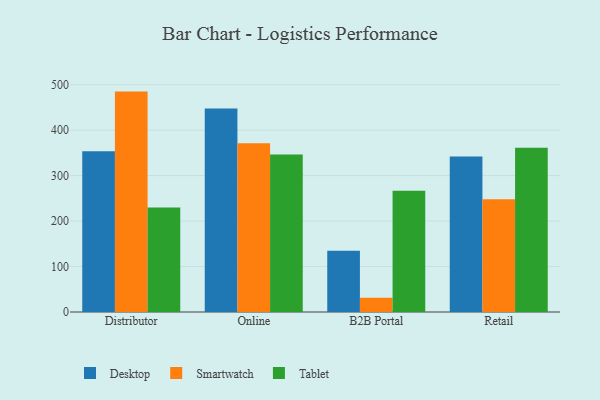
{"axis": {"x": "Channel", "y": "Backlog"}, "legend": ["Desktop", "Smartwatch", "Tablet"], "data": [{"x": "Distributor", "y": 353.7, "type": "Desktop"}, {"x": "Distributor", "y": 484.8, "type": "Smartwatch"}, {"x": "Distributor", "y": 230.0, "type": "Tablet"}, {"x": "Online", "y": 447.8, "type": "Desktop"}, {"x": "Online", "y": 371.1, "type": "Smartwatch"}, {"x": "Online", "y": 346.5, "type": "Tablet"}, {"x": "B2B Portal", "y": 134.6, "type": "Desktop"}, {"x": "B2B Portal", "y": 31.3, "type": "Smartwatch"}, {"x": "B2B Portal", "y": 266.5, "type": "Tablet"}, {"x": "Retail", "y": 341.8, "type": "Desktop"}, {"x": "Retail", "y": 247.9, "type": "Smartwatch"}, {"x": "Retail", "y": 361.5, "type": "Tablet"}]}